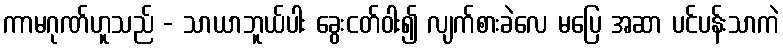
ကာမဂုဏ်ဟူသည် - သာယာဘူယ်ပါး ခွေးငတ်ဝါး၍ လျက်စားခဲလေ မပြေ အဆာ ပင်ပန်းသာကဲ